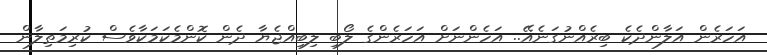
އަހަރެން އަލާންދެކެ ބިރެއްނުގަނެއޭ.. އަހެންނަށް އަހަރެންގެ ލޯބި ލިބިއްޖެޔާ ދެން ކޮންމެކަމަކާވެސް ކުރިމަތިލާން